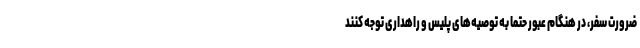
ضرورت سفر، در هنگام عبور حتماً به توصیه‌های پلیس و راهداری توجه کنند